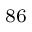
^ \mathrm { 8 6 }